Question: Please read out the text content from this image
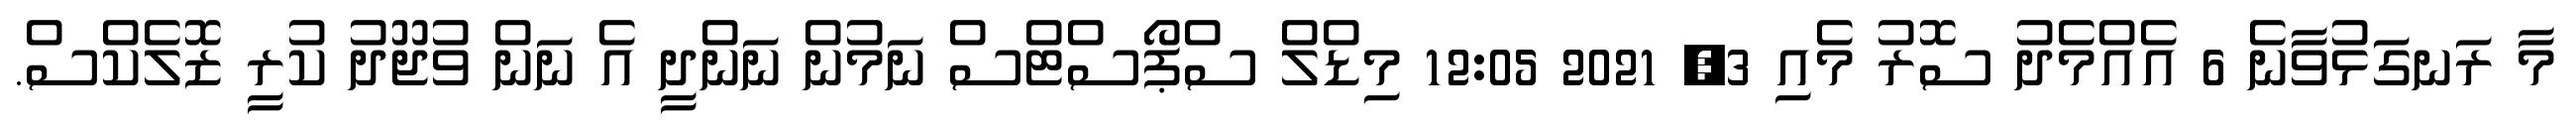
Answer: މާ ރަނގަޅުވާނެ 6 އެއްމެދު ސޮރު މެއި 3, 2021 12:05 މިޑްލް ސްޕޯސްޓްސް ނަމުން ނަންދީ އެ ނަން ވުޖޫދު ކުރީ ޒޮލެކްސް.